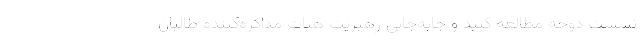
نشست دوحه مطالعه كنيد و جابه‌جايي رهبريت هيات مذاكره‌كننده طالبان